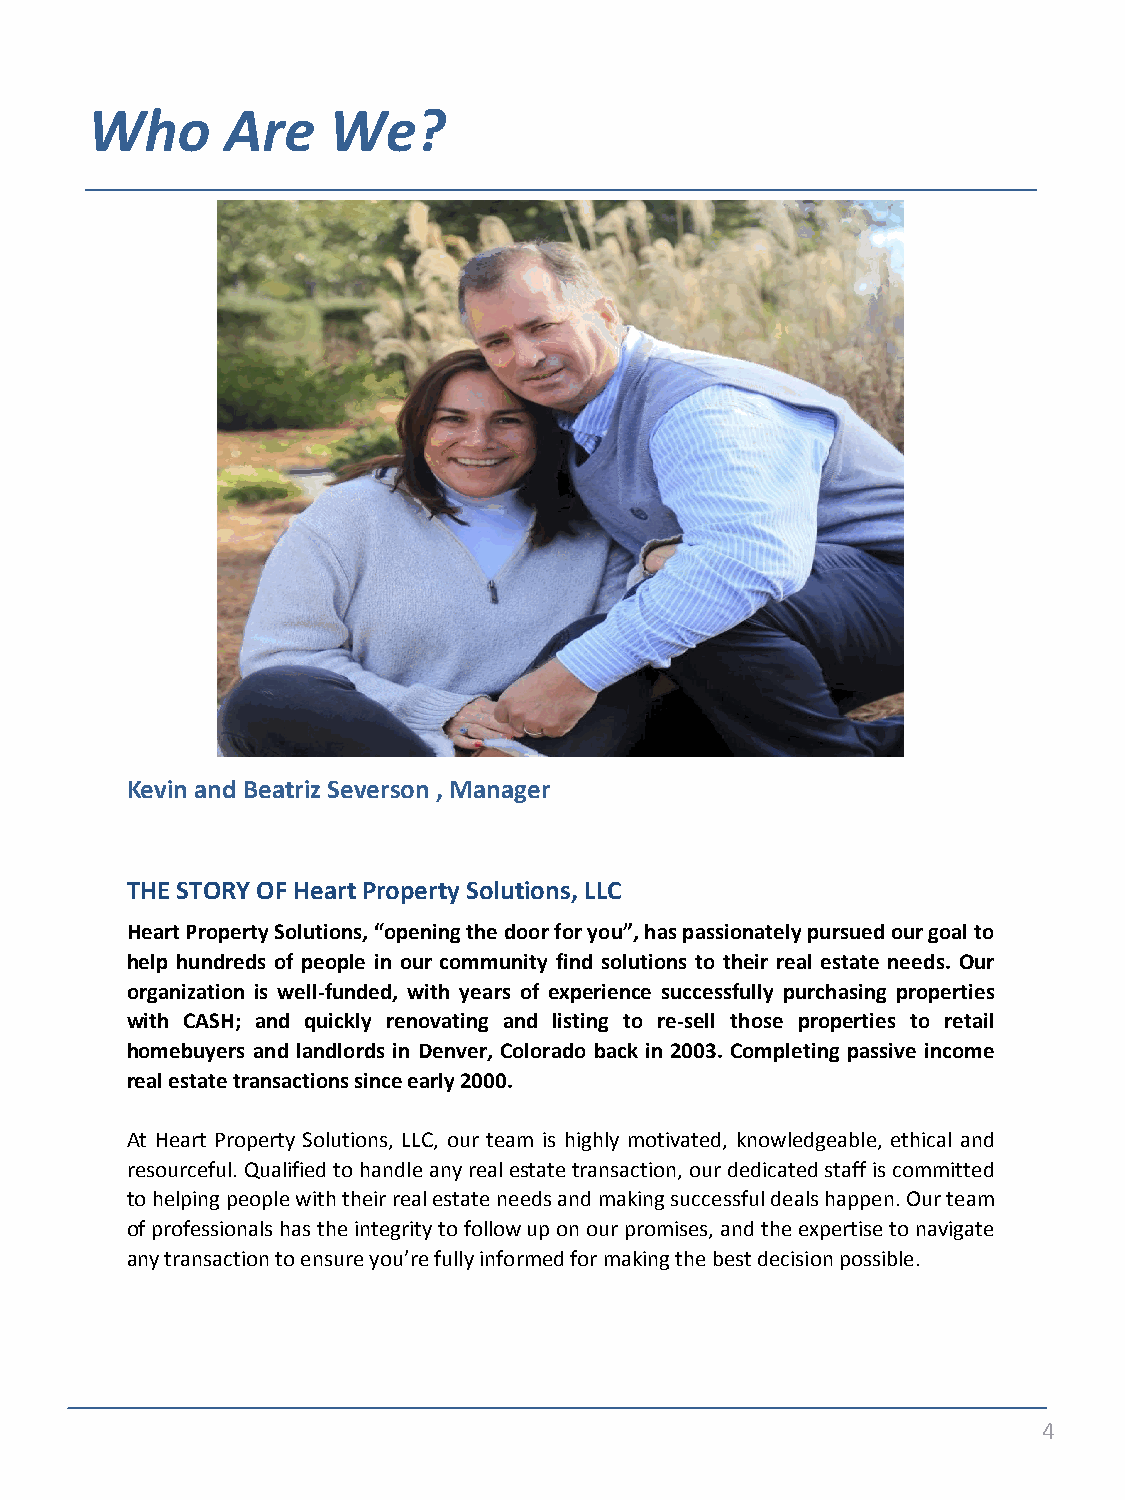
Who      Are    We?
 INSERT
 Than Merrill,        OWNER
 PHOTO
 Co-Owner
 HERE
 Kevin and Beatriz Severson , Manager
 THE STORY OF Heart Property Solutions, LLC
 Heart Property Solutions, “opening the door for you”, has passionately pursued our goal to
 help hundreds of people in our community find solutions to their real estate needs. Our
 organization is well-funded, with years of experience successfully purchasing properties
 with CASH; and quickly renovating and listing to re-sell those properties to retail
 homebuyers and landlords in Denver, Colorado back in 2003. Completing passive income
 real estate transactions since early 2000.
 At Heart Property Solutions, LLC, our team is highly motivated, knowledgeable, ethical and
 resourceful. Qualified to handle any real estate transaction, our dedicated staff is committed
 to helping people with their real estate needs and making successful deals happen. Our team
 of professionals has the integrity to follow up on our promises, and the expertise to navigate
 any transaction to ensure you’re fully informed for making the best decision possible.
 4